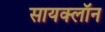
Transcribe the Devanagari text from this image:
सायक्लॉन